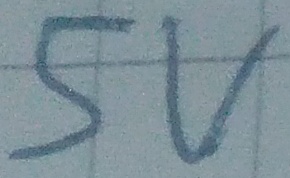
Text: 5V